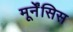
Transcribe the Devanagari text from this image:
मूर्नेंसिस